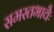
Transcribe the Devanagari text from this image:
समस्तभावैः